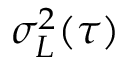
\sigma _ { L } ^ { 2 } ( \tau )